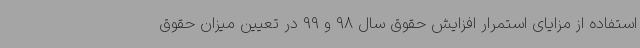
استفاده از مزایای استمرار افزایش حقوق سال 98 و 99 در تعیین میزان حقوق